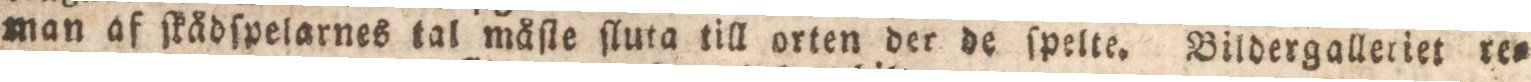
man af ſkådſypelarnes tal måſte ſluta till orent der de ſpelte. Bildergalleriet re=